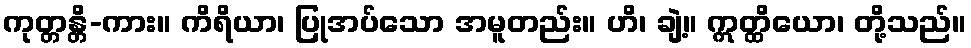
ကုတ္တန္တိ-ကား။ ကိရိယာ၊ ပြုအပ်သော အမူတည်း။ ဟိ၊ ချဲ့။ ဣတ္ထိယော၊ တို့သည်။